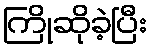
ကြိုဆိုခဲ့ပြီး